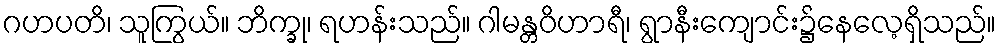
ဂဟပတိ၊ သူကြွယ်။ ဘိက္ခု၊ ရဟန်းသည်။ ဂါမန္တဝိဟာရီ၊ ရွာနီးကျောင်း၌နေလေ့ရှိသည်။